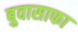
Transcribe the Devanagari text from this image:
बुवासाफा